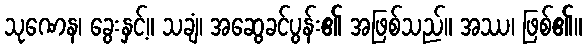
သုဏေန၊ ခွေးနှင့်။ သချံ၊ အဆွေခင်ပွန်း၏ အဖြစ်သည်။ အဿ၊ ဖြစ်၏။